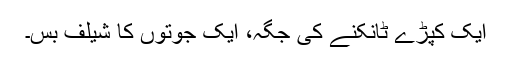
ایک کپڑے ٹانکنے کی جگہ، ایک جوتوں کا شیلف بس۔